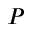
P